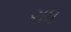
ગધ